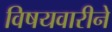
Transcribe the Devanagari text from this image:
विषयवारीने